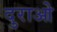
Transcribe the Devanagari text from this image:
दुराओ